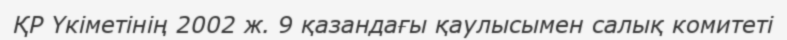
ҚР Үкіметінің 2002 ж. 9 қазандағы қаулысымен салық комитеті